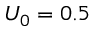
U _ { 0 } = 0 . 5